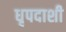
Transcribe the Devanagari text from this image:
धृपदाशी